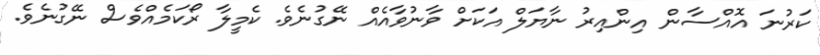
ކަރުނަ އޮއްސާން އިންއިރު ނާޔަލް އަކަށް ވާނުވާއެއް ނޭގުނެވެ. ކެމީލާ ރޯކަމެއްވެސް ނޭގުނެވެ.